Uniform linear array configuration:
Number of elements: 12
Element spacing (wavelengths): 0.5
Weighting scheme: uniform
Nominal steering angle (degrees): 15
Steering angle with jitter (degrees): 14.413
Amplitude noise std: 0.05
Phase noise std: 0.05

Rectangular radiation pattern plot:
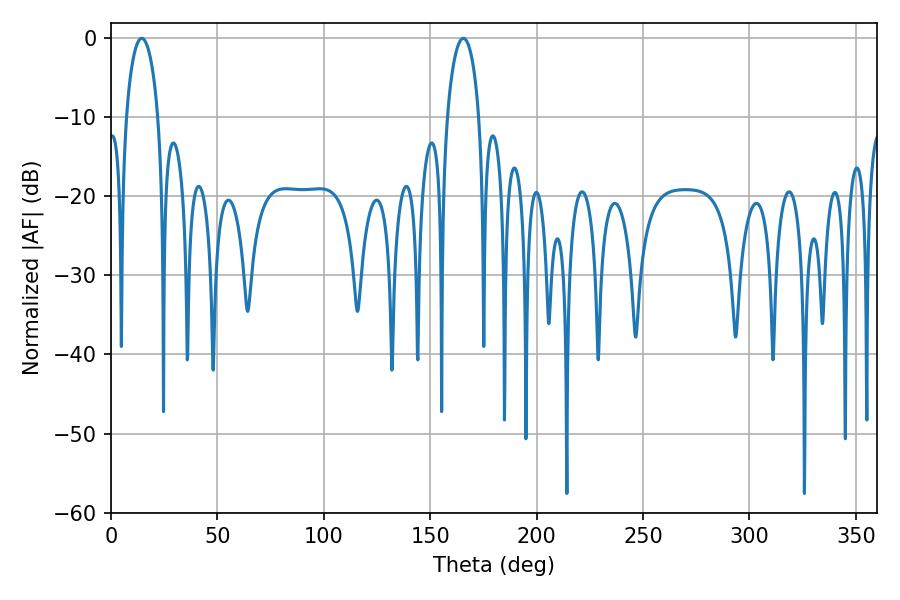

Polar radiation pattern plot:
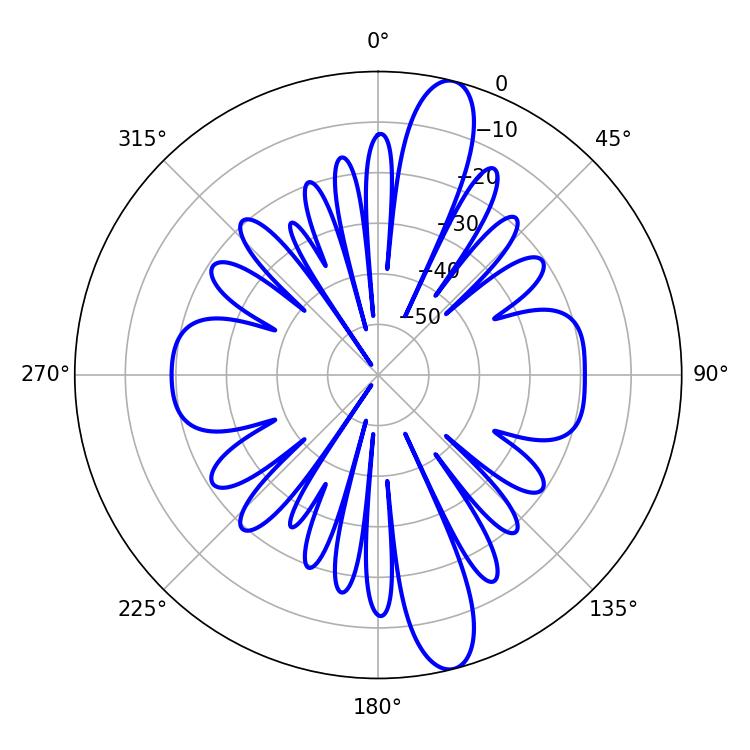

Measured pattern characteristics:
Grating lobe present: FALSE
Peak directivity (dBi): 13.831
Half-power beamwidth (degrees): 8.46
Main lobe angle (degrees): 14.4